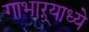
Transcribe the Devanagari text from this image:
गाभाऱ्याध्ये